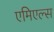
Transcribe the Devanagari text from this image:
एमिएल्स